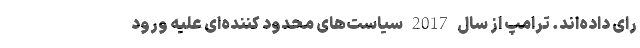
رای داده‌اند. ترامپ از سال 2017 سیاست‌های محدود کننده‌ای علیه ورود